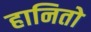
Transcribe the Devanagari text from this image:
हानितो